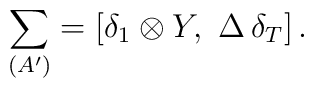
\sum_{(A')} = [\delta_1 \otimes Y , \, \, \Delta \, \delta_T ] \, .